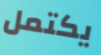
يكتمل